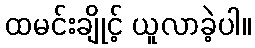
ထမင်းချိုင့် ယူလာခဲ့ပါ။